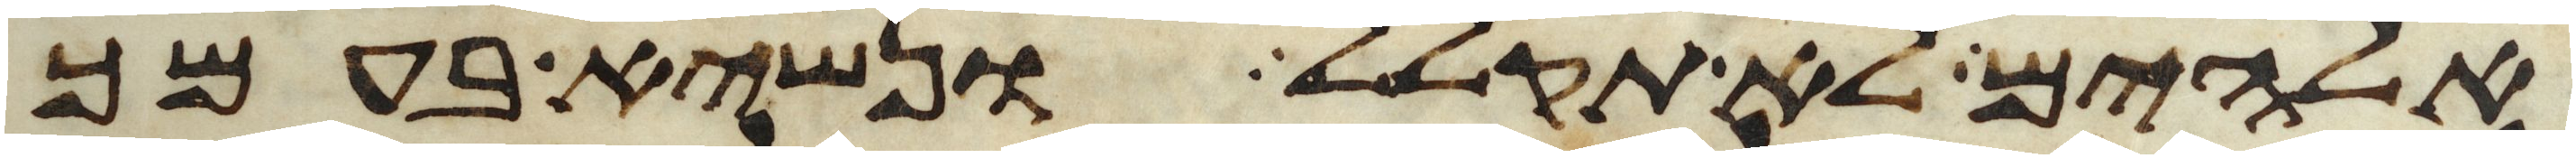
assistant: אלהים לא תקלל ונשיא בעמך